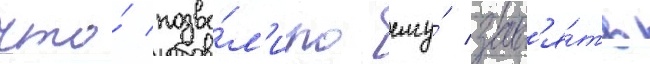
что́ позво́л'ило ему́ зан'я́ть